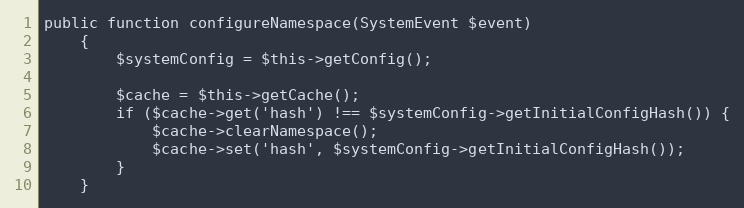
Language: PHP
public function configureNamespace(SystemEvent $event)
    {
        $systemConfig = $this->getConfig();

        $cache = $this->getCache();
        if ($cache->get('hash') !== $systemConfig->getInitialConfigHash()) {
            $cache->clearNamespace();
            $cache->set('hash', $systemConfig->getInitialConfigHash());
        }
    }